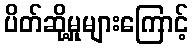
ပိတ်ဆို့မှုများကြောင့်